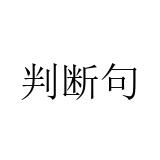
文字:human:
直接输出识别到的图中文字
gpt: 判断句